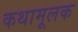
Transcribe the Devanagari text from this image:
कथामूलक